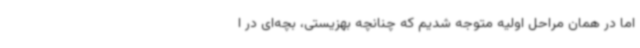
اما در همان مراحل اولیه متوجه شدیم که چنانچه بهزیستی، بچه‌ای در ا